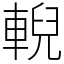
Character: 輗